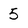
Character: 5